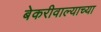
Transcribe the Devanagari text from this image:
बेकरीवाल्याच्या